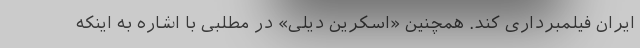
ایران فیلمبرداری کند. همچنین «اسکرین دیلی» در مطلبی با اشاره به اینکه